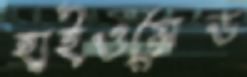
হাইওয়েড